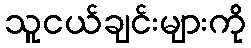
သူငယ်ချင်းများကို